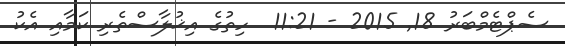
ސެޕްޓެމްބަރު 18